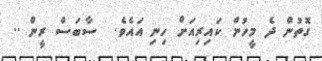
ގޮތުން ދެ މީހުން ކައިރިއަށް ހިނި އައެވެ.  ސާބަސް ރީން ..